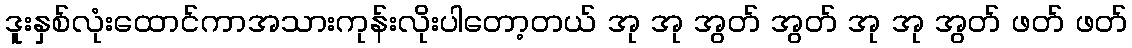
ဒူးနှစ်လုံးထောင်ကာအသားကုန်းလိုးပါတော့တယ် အု အု အွတ် အွတ် အု အု အွတ် ဖတ် ဖတ်